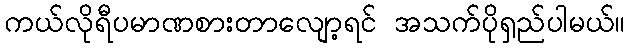
ကယ်လိုရီပမာဏစားတာလျော့ရင် အသက်ပိုရှည်ပါမယ်။